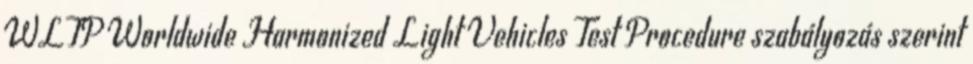
WLTP Worldwide Harmonized Light Vehicles Test Procedure szabályozás szerint